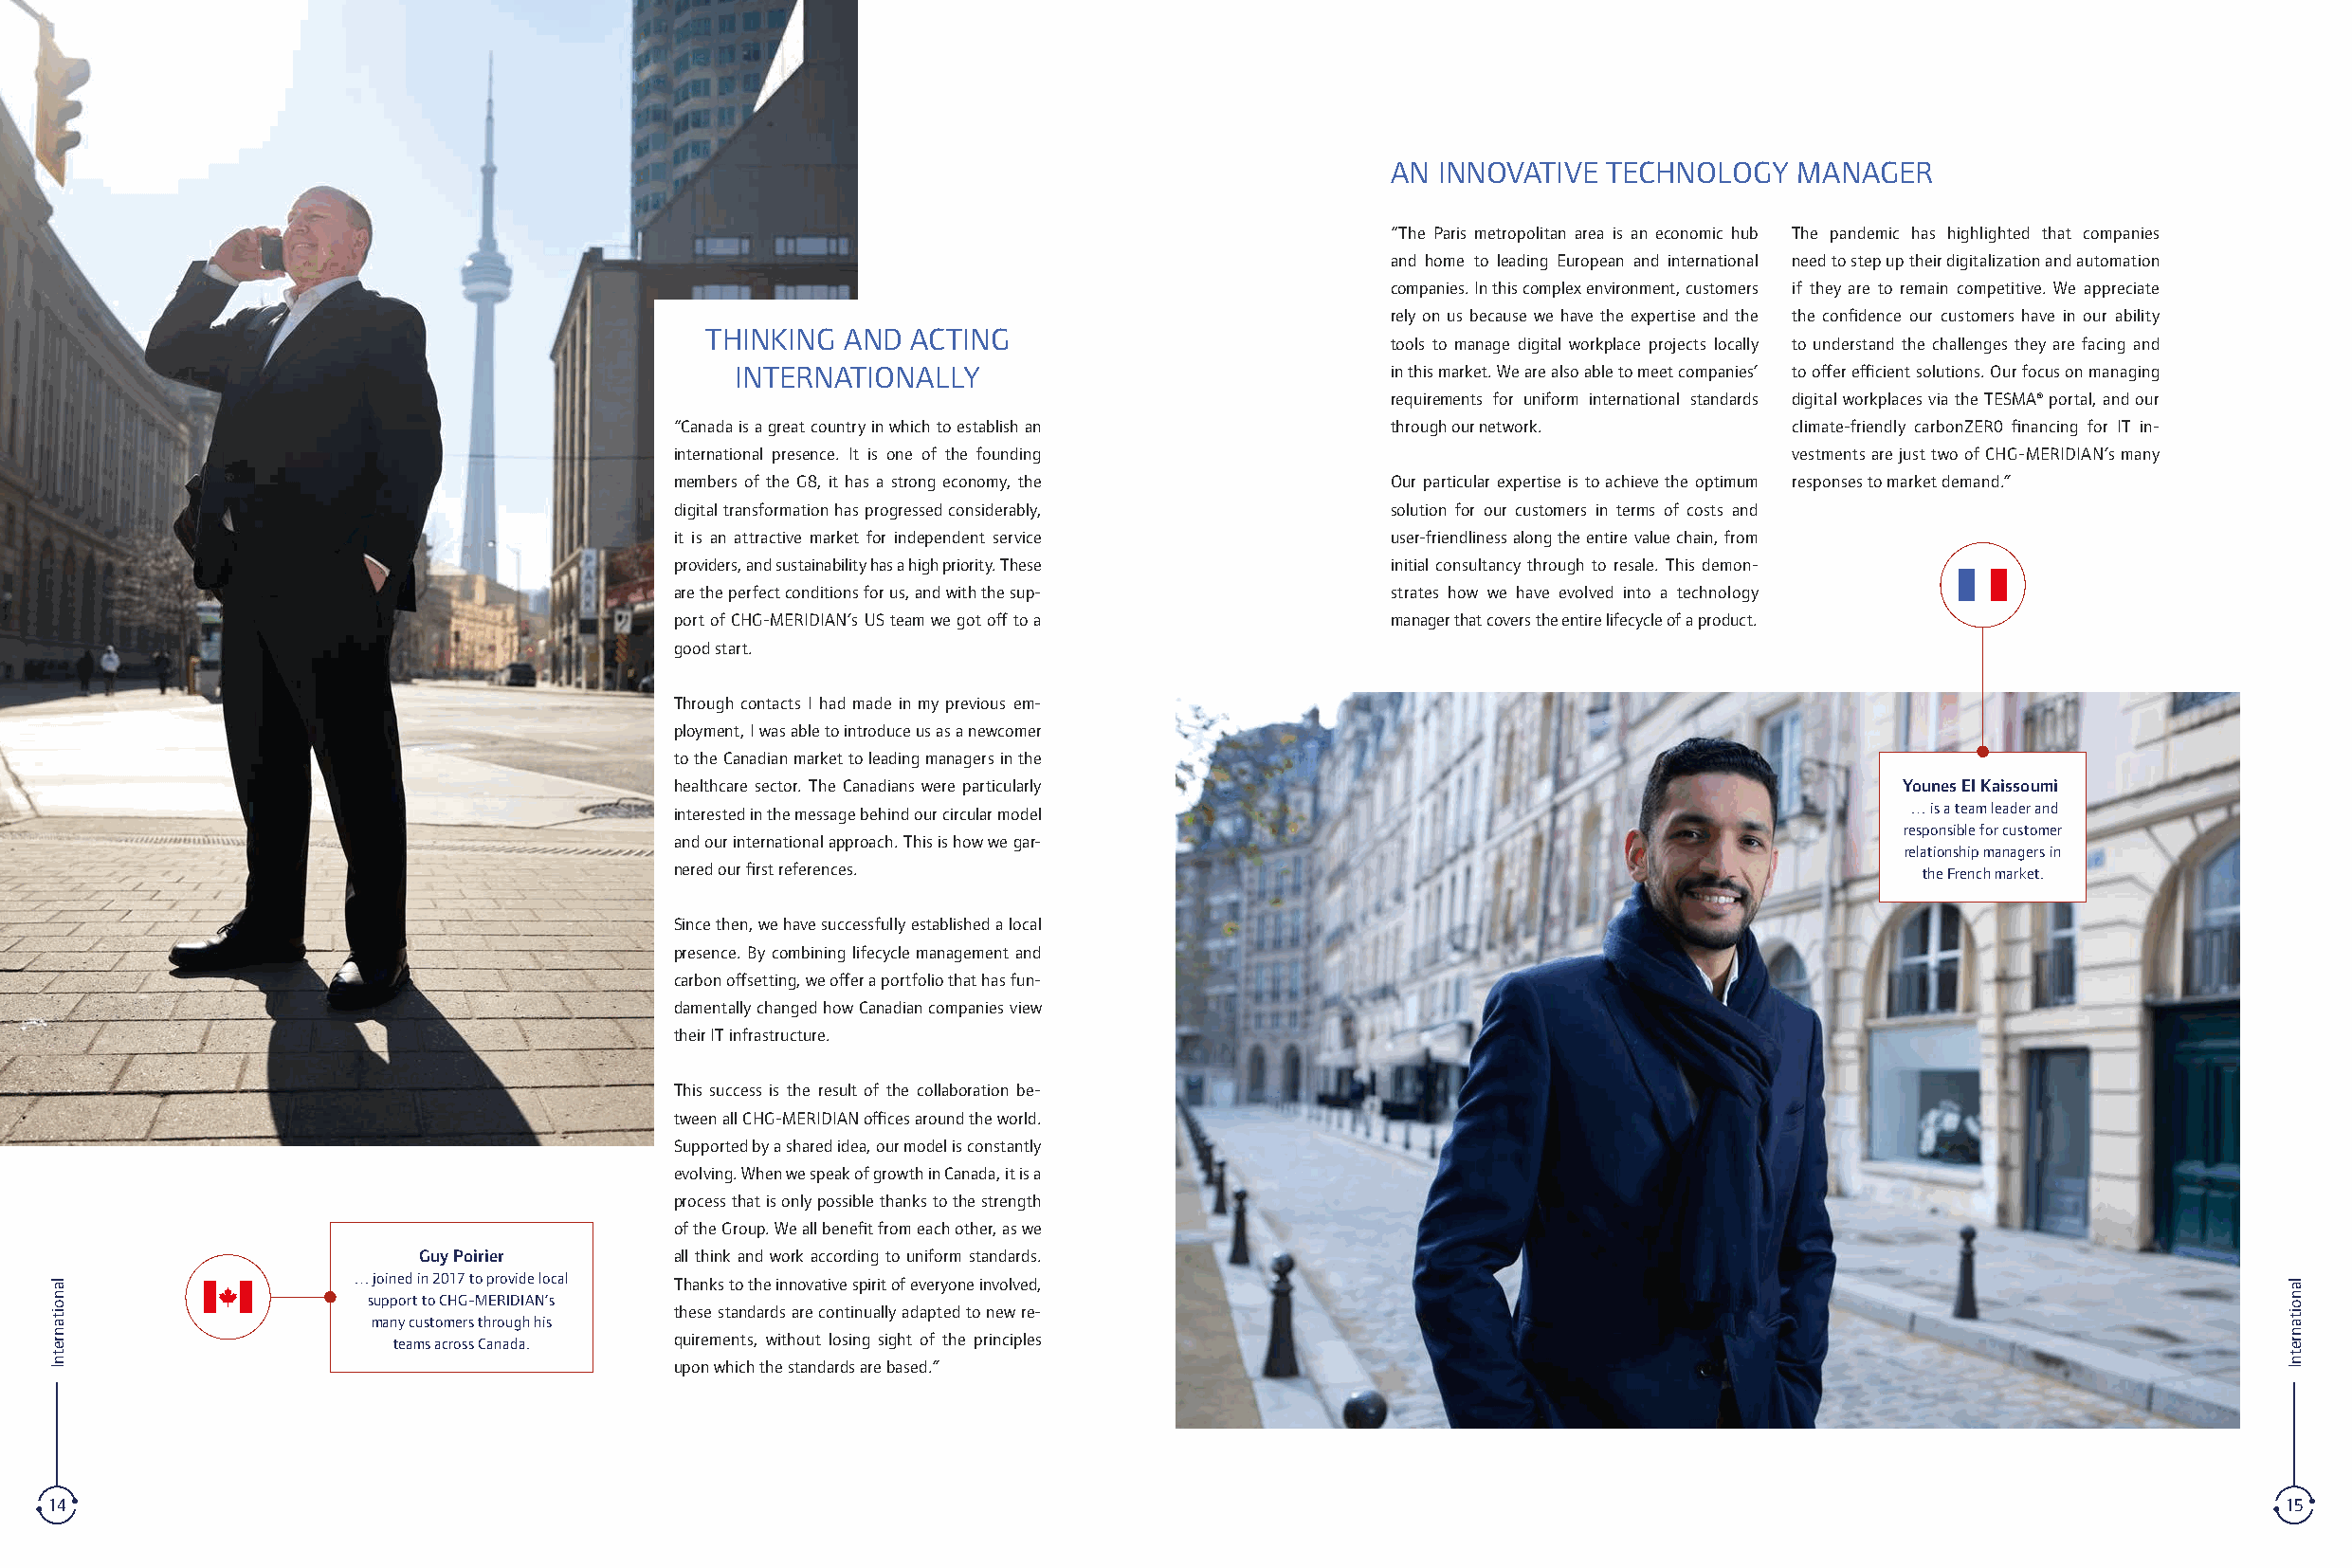
AN INNOVATIVE  TECHNOLOGY   MANAGER
 “The Paris metropolitan area is an economic hub The pandemic has highlighted that companies
 and home to leading European and international need to step up their digitalization and automation
 companies. In this complex environment, customers if they are to remain competitive. We appreciate
 rely on us because we have the expertise and the the confidence our customers have in our ability
 THINKING  AND  ACTING
 tools to manage digital workplace projects locally to understand the challenges they are facing and
 INTERNATIONALLY                               in this market. We are also able to meet companies’ to offer efficient solutions. Our focus on manag ing
 require ments for uniform international standards digital workplaces via the TESMA® portal, and our
 “Canada is a great country in which to establish an through our network.      climate-friendly carbonZER0 financing for IT in-
 international presence. It is one of the founding                             vestments are just two of CHG-MERIDIAN’s many
 members of the G8, it has a strong economy, the   Our particular expertise is to achieve the optimum responses to market demand.”
 digital transformation has progressed considerably, solution for our customers in terms of costs and
 it is an attractive market for independent service user-friendliness along the entire value chain, from
 providers, and sustainability has a high priority. These initial consultancy through to resale. This demon-
 are the perfect conditions for us, and with the sup- strates how we have evolved into a technology
 port of CHG-MERIDIAN’s US team we got off to a    manager that covers the entire lifecycle of a product.
 good start.
 Through contacts I had made in my previous em-
 ployment, I was able to introduce us as a newcomer
 to the Canadian market to leading managers in the
 healthcare sector. The Canadians were particularly                                    Younes El Kaissoumi
 interested in the message behind our circular model                                   … is a team leader and
 responsible for customer
 and our international approach. This is how we gar-
 relationship managers in
 nered our first references.                                                            the French market.
 Since then, we have successfully established a local
 presence. By combining lifecycle management and
 carbon offsetting, we offer a portfolio that has fun-
 damentally changed how Canadian companies view
 their IT infrastructure.
 This success is the result of the collaboration be-
 tween all CHG-MERIDIAN offices around the world.
 Supported by a shared idea, our model is constantly
 evolving. When we speak of growth in Canada, it is a
 process that is only possible thanks to the strength
 of the Group. We all benefit from each other, as we
 Guy Poirier       all think and work according to uniform standards.
 … joined in 2017 to provide local Thanks to the innovative spirit of everyone involved,
 support to CHG-MERIDIAN’s
 these standards are continually adapted to new re-
 many customers through his
 teams across Canada. quirements, without losing sight of the principles
 upon which the standards are based.”
 14                                                                                                                                                           15
 lanoitanretnI                                                                                                                                               lanoitanretnI